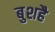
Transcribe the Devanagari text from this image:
बुशहै